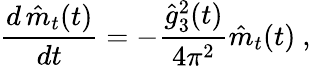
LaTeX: {\frac{d\, \hat{m}_{t}(t)}{dt}}=-{\frac{\hat{g}_{3}^{2}(t)}{4\pi^{2}}}\hat{m}_{t}(t)~,